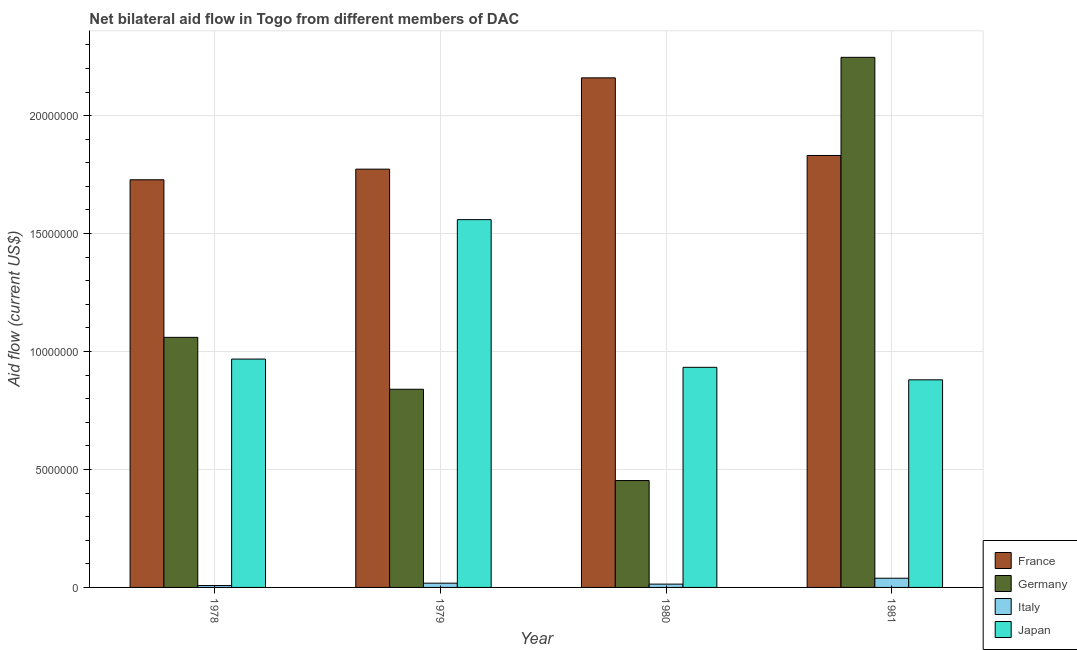
| Year | France | Germany | Italy | Japan |
 | --- | --- | --- | --- | --- |
 | 1978 | 1.73e+07 | 1.06e+07 | 8e+04 | 9.68e+06 |
 | 1979 | 1.77e+07 | 8.4e+06 | 1.8e+05 | 1.56e+07 |
 | 1980 | 2.16e+07 | 4.53e+06 | 1.4e+05 | 9.33e+06 |
 | 1981 | 1.83e+07 | 2.25e+07 | 3.9e+05 | 8.8e+06 |